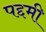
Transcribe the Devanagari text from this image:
पद्दमी